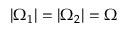
| \Omega _ { 1 } | = | \Omega _ { 2 } | = \Omega